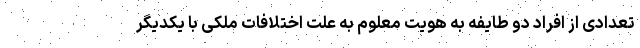
تعدادی از افراد دو طایفه به هویت معلوم به علت اختلافات ملکی با یکدیگر